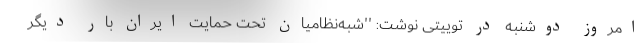
امروز دوشنبه در توییتی نوشت: ''شبه‌نظامیان تحت حمایت ایران بار دیگر